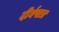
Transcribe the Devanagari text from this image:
दीर्घपात्र